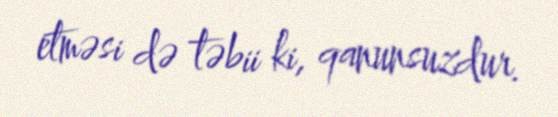
etməsi də təbii ki, qanunsuzdur.